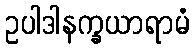
ဥပါဒါနက္ခယာရာမံ